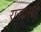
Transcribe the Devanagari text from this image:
राजांसह